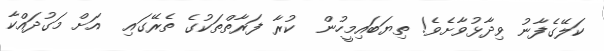
ކަލޭގެފާނު ވިދާޅުވާށެވެ! ތިޔަބައިމީހުން  ކުރާ ފަރާތްތަކުގެ ތެރޭގައި  އަށް މަގުދައްކާ